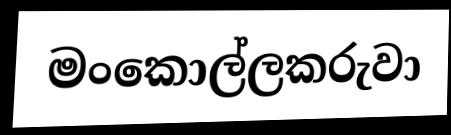
මංකොල්ලකරුවා